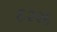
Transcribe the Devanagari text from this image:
६२२६